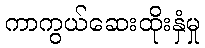
ကာကွယ်ဆေးထိုးနှံမှု